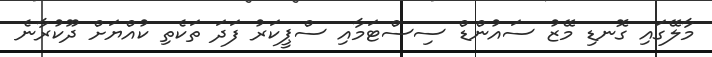
މާލޭގައި ގޮނޑި މޭޒު ސައުންޑް ސިސްޓަމާއި ސްޕީކަރު ފަދަ ތަކެތި ކުއްޔަށް ދޫކުރާނެ